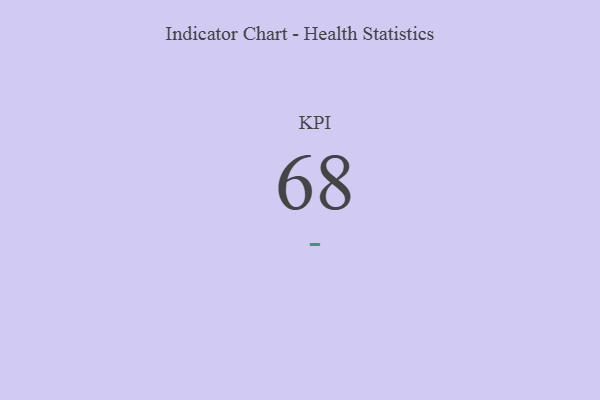
{"axis": {"x": "KPI", "y": "Value"}, "legend": [""], "data": [{"x": "KPI", "y": 68, "type": ""}]}